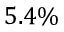
5 . 4 \%